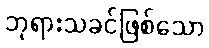
ဘုရားသခင်ဖြစ်သော